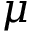
\mu